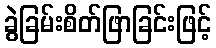
ခွဲခြမ်းစိတ်ဖြာခြင်းဖြင့်